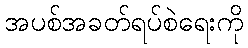
အပစ်အခတ်ရပ်စဲရေးကို